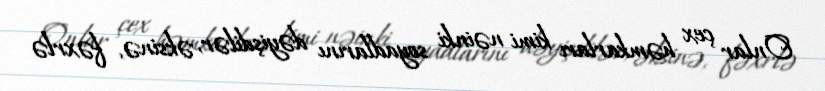
Onlar çex həmkarları kimi nəinki soyadlarını dəyişdilər, əksinə, fəxrlə